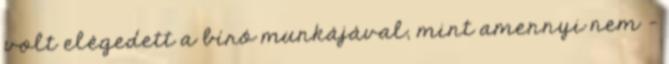
volt elégedett a bíró munkájával, mint amennyi nem -